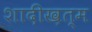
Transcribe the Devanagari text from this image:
शादीख़त्म